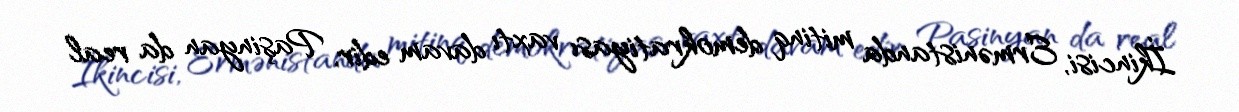
İkincisi, Ermənistanda mitinq demokratiyası vaxtı davam edir, Paşinyan da real